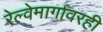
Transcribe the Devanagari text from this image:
रेल्वेमार्गावरही